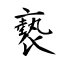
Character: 褻